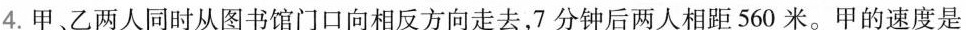
4.甲、乙两人同时从图书馆门口向相反方向走去，7分钟后两人相距560米。甲的速度是